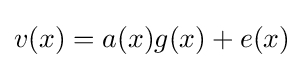
v(x)=a(x)g(x)+e(x)